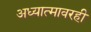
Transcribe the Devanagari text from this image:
अध्यात्मावरही